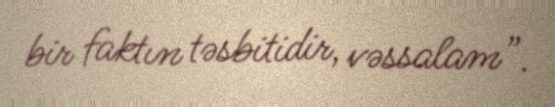
bir faktın təsbitidir, vəssalam”.